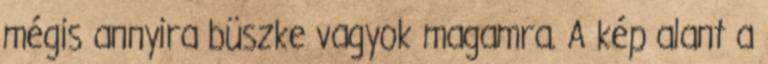
mégis annyira büszke vagyok magamra. A kép alant a